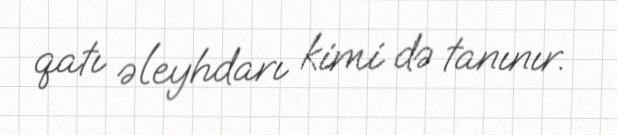
qatı əleyhdarı kimi də tanınır.